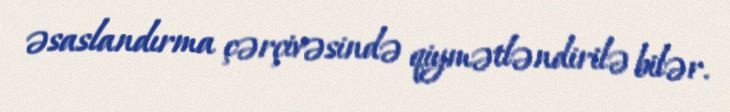
əsaslandırma çərçivəsində qiymətləndirilə bilər.